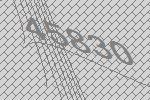
45830